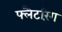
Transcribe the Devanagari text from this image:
फ्लैटरिंग